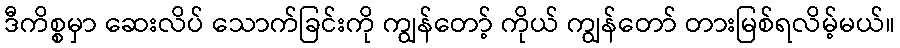
ဒီကိစ္စမှာ ဆေးလိပ် သောက်ခြင်းကို ကျွန်တော့် ကိုယ် ကျွန်တော် တားမြစ်ရလိမ့်မယ်။